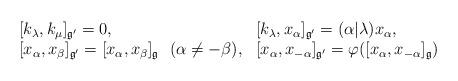
LaTeX: \begin{align*}\begin{array}{ll}\ [k_\lambda,k_\mu]_{\frak g'}=0, &[k_\lambda, x_\alpha]_{\frak g'}=(\alpha|\lambda)x_\alpha, \\ \ [x_\alpha,x_\beta]_{\frak g'}=[x_\alpha,x_\beta]_{\frak g}\ \ (\alpha\neq-\beta),&[x_\alpha,x_{-\alpha}]_{\frak g'}=\varphi([x_\alpha,x_{-\alpha}]_{\frak g})\end{array}\end{align*}